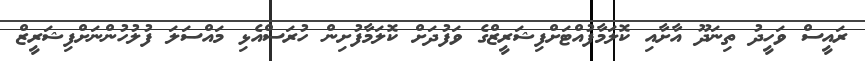
ރައީސް ވަހީދު ތިނަދޫ އާށާއި ކޮލަމާފުއްޓަށްފިޝަރީޒްގެ ވަފުދަށް ކޮލަމާފުށިން ހުރަސްއެޅި މައްސަލަ ފުލުހުންނަށްފިޝަރީޒް